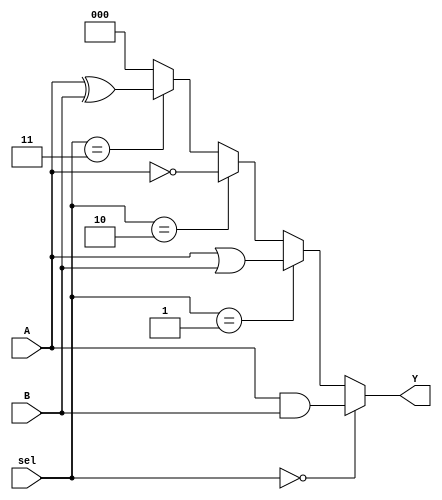
module combinational_logic_block (
    input wire [2:0] A,      // 3-bit input A
    input wire [2:0] B,      // 3-bit input B
    input wire [1:0] sel,    // 2-bit selector for logic operation
    output wire [2:0] Y      // 3-bit output Y
);

// Internal signals for logic operations
wire [2:0] and_out;
wire [2:0] or_out;
wire [2:0] not_out;
wire [2:0] xor_out;

// Logic operations
assign and_out = A & B;    // AND operation
assign or_out  = A | B;    // OR operation
assign not_out = ~A;        // NOT operation
assign xor_out = A ^ B;     // XOR operation

// Output selection based on the selector input
// sel = 00 -> AND, sel = 01 -> OR, sel = 10 -> NOT, sel = 11 -> XOR
assign Y = (sel == 2'b00) ? and_out :
           (sel == 2'b01) ? or_out :
           (sel == 2'b10) ? not_out :
           (sel == 2'b11) ? xor_out : 3'b000; // Default case

endmodule